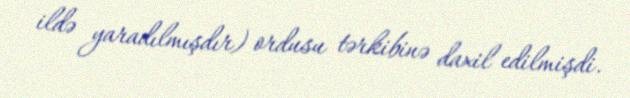
ildə yaradılmışdır) ordusu tərkibinə daxil edilmişdi.